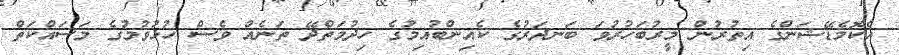
އެކޮމެޑޭޝަންގެ އިތުރުން މީރުބަހުރުވަ ބަނދަރުގެ ކެއިންބުއިމުގެ ހިދުމަތްދޭ ތަނެއް ވެސް ހުޅުވުމުގެ މަސައްކަތް